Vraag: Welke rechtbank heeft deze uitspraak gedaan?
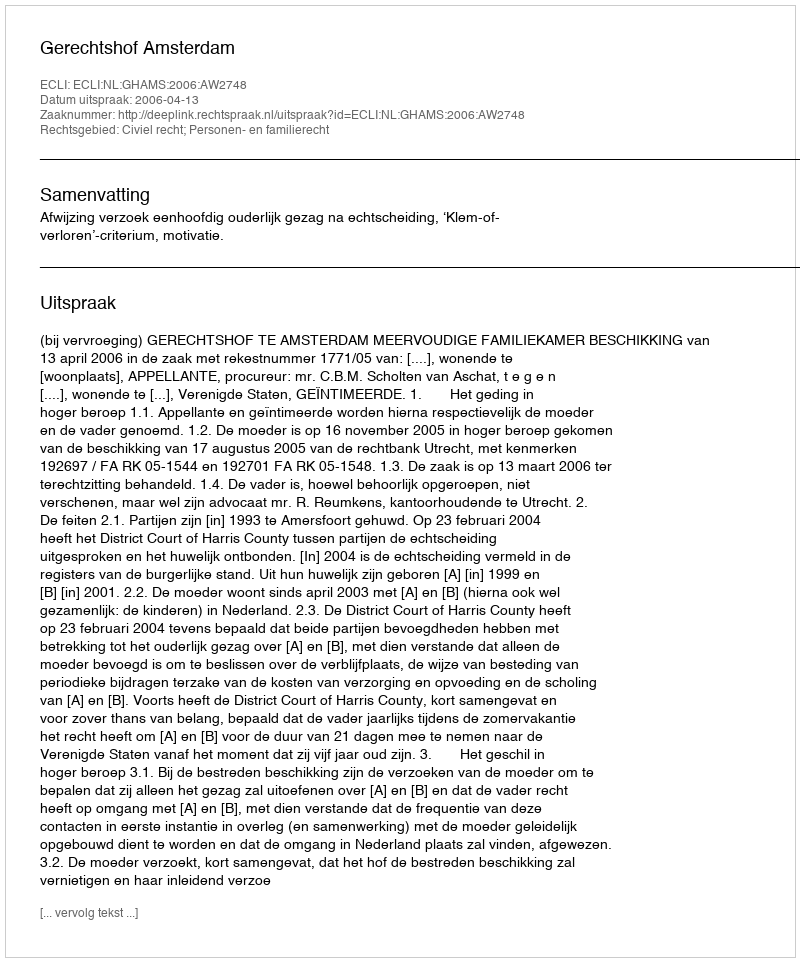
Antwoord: Gerechtshof Amsterdam